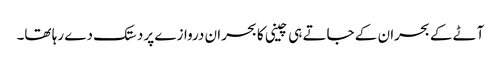
آٹے کے بحران کے جاتے ہی چینی کا بحران دروازے پر دستک دے رہا تھا۔